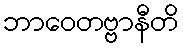
ဘာဝေတဗ္ဗာနီတိ